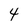
Character: 4